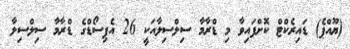
(ޔޫއްޕެ) ޑައިރެކްޓް ކޮށްފައިވާ މި ޑްރާމާ ސިލްސިލާއަކީ 26 އެޕިސޯޑްގެ ޑްރާމާ ސިލްސިލާ